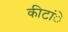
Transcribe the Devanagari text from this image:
कीटांे